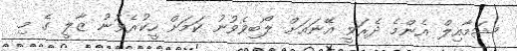
ޝަމާއިލް އެންމެ ދެރަވީ އޭނައަށް ލޯބިވެވުނު ކަމަށް ހީކުރެވުނު ޒާލީ ގެ މި